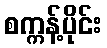
စက္ကန့်ပိုင်း